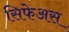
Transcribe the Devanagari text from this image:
सिफेअस